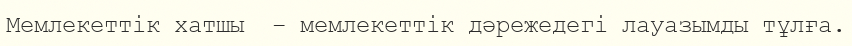
Мемлекеттік хатшы  – мемлекеттік дәрежедегі лауазымды тұлға.